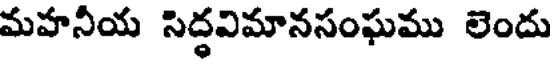
మహనీయ సిద్ధవిమానసంఘము లెందు